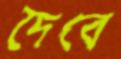
দৈবে